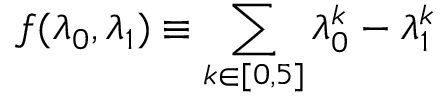
f ( \lambda _ { 0 } , \lambda _ { 1 } ) \equiv \sum _ { k \in [ 0 , 5 ] } \lambda _ { 0 } ^ { k } - \lambda _ { 1 } ^ { k }